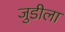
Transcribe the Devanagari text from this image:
जुडीला